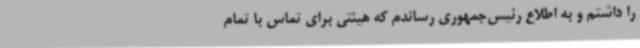
را داشتم و به اطلاع رئیس‌جمهوری رساندم که هیئتی برای تماس با تمام